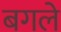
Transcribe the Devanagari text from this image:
बगले